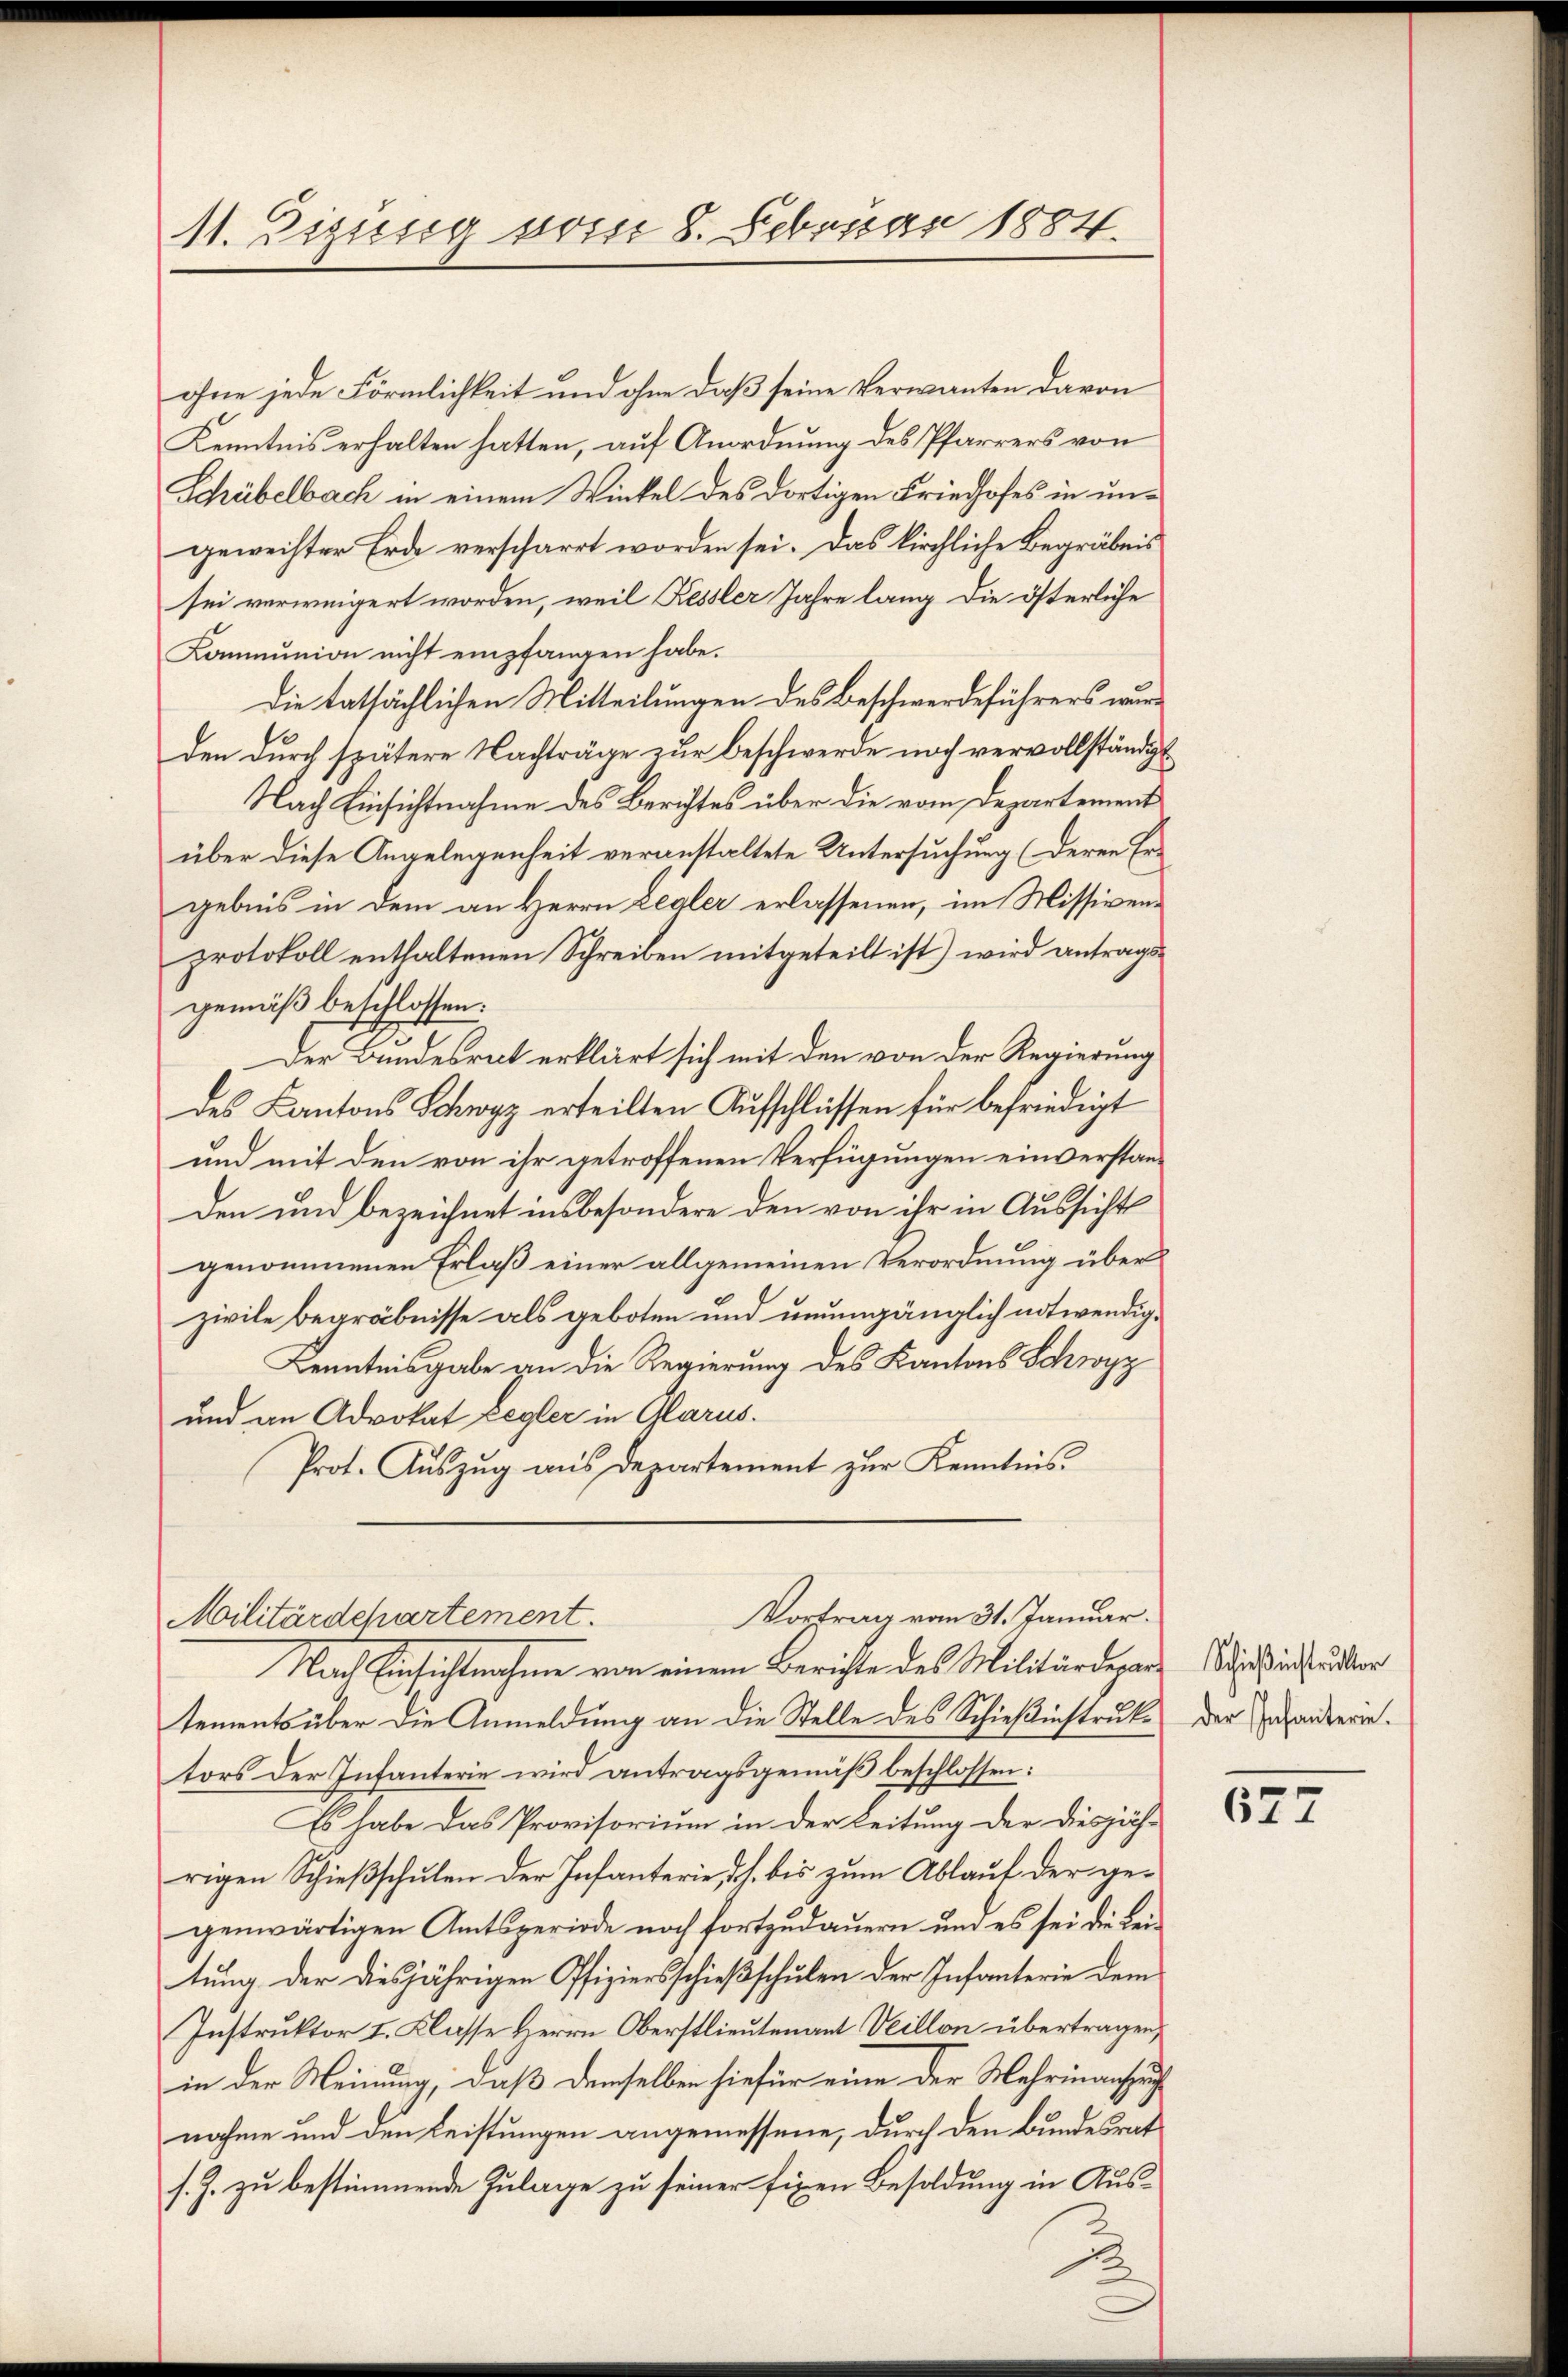
11. Zizung vom 8. Februar 1884.

ohne jede Förmlichkeit und ohne daß seine Verwanten davon
Kenntnis erhalten hatten, auf Anordnung des Pfarrers von
Schübelbach in einem Winkel des dortigen Friedhofes in ungeweister Erde verscharrt worden sei. Das kirchliche Begräbnis
sei verweigert worden, weil Kessler Jahre lang die österliche
Kommunion nicht empfangen habe.
Die tatsächlichen Mitteilungen des Beschwerdeführers wurden durch spätere Nachträge zur Beschwerde noch vervollständigt
Nach Einsichtnahme des Berichtes über die vom Departement
über diese Angelegenheit veranstaltete Untersuchung (deren Er-
gebnis in dem an Herrn Lealer erlassenen, im Missivenprotokoll enthaltenen Schreiben mitgeteilt ist) wird antragsgemäß beschlossen:
Der Bundesrat erklärt sich mit den von der Regierung
des Kantons Schwyz erteilten Aufschlüssen für befriedigt
und mit den von ihr getroffenen Verfügungen einverstan¬
Den und bezeichnet insbesondere den von ihr in Aussicht
genommenen Erlaß einer allgemeinen Verordnung über
zivile begräbnisse als geboten und unumgänglich notwendig¬
Kenntnisgabe an die Regierung des Kantons Schwyz
und an Advokat regler in Glarus.
Prot. Aŭszŭg aŭs departement zŭr Kenntnis.
Vortrag vom 31. Januar.
Militärdepartement.
Nach Einsichtnahme von einem Berichte des Militärdepartements über die Anmeldung an die Stelle des Schießinstruk der Instanderintors der Infanterie wird antragsgemäß beschlossen:
Es habe das Provisorium in der Leitung der diesjährigen Schieβschŭlen der Infanterie, d.h. bis zum Ablauf der ge-
genwärtigen Amtsperiode noch fortzudauern und es sei die Leitung der diesjährigen Pfiziersschießschulen der Infanterie dem
Instruktor I. Klasse Herrn Oberstlieutenant Veillon übertragen,
in der Meinung, daß demselben hiefür eine der Mehrinanzzug
nahme und den Leistungen angemessene, durch den Bundesrat
s. Z. zu bestimmende Zulage zu seiner fixen Besoldung in Aus¬

2

Schießinistruktor

677